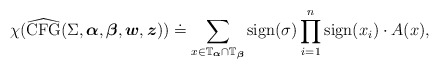
\begin{align*}\chi(\widehat{\mathrm{CFG}}(\Sigma, \boldsymbol{\alpha}, \boldsymbol{\beta}, \boldsymbol{w}, \boldsymbol{z})) \doteq \sum_{x\in \mathbb{T}_{\boldsymbol{\alpha}}\cap \mathbb{T}_{\boldsymbol{\beta}}} \mathrm{sign}(\sigma)\prod_{i=1}^{n}\mathrm{sign}(x_{i})\cdot A(x),\end{align*}